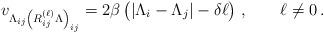
LaTeX: \begin{align*}v_{\Lambda_{ij} \left(R_{ij}^{(\ell)}\Lambda \right)_{ij}}= 2\beta\,\big(|\Lambda_i-\Lambda_j|-\delta \ell\big)\; , \qquad \ell\not=0\,.\end{align*}